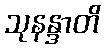
သုနန္ဒာတိ